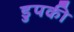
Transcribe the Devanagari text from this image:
डुपकी